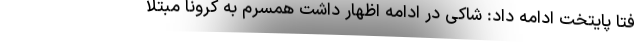
فتا پایتخت ادامه داد: شاکی در ادامه اظهار داشت همسرم به کرونا مبتلا